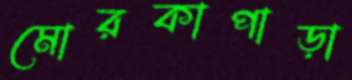
মোরকাপাড়া